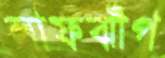
লাফঝাঁপ